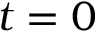
t = 0